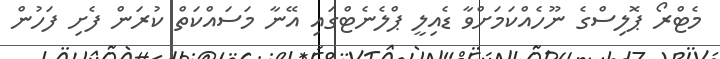
މެޓްރޯ ޕޮލިސްގެ ނޫހެއްކަމަށްވާ ޑެއިލީ ޕްލެނެޓްގައި އޭނާ މަސައްކަތް ކުރަން ފެށި ފަހުން